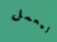
ليعمل